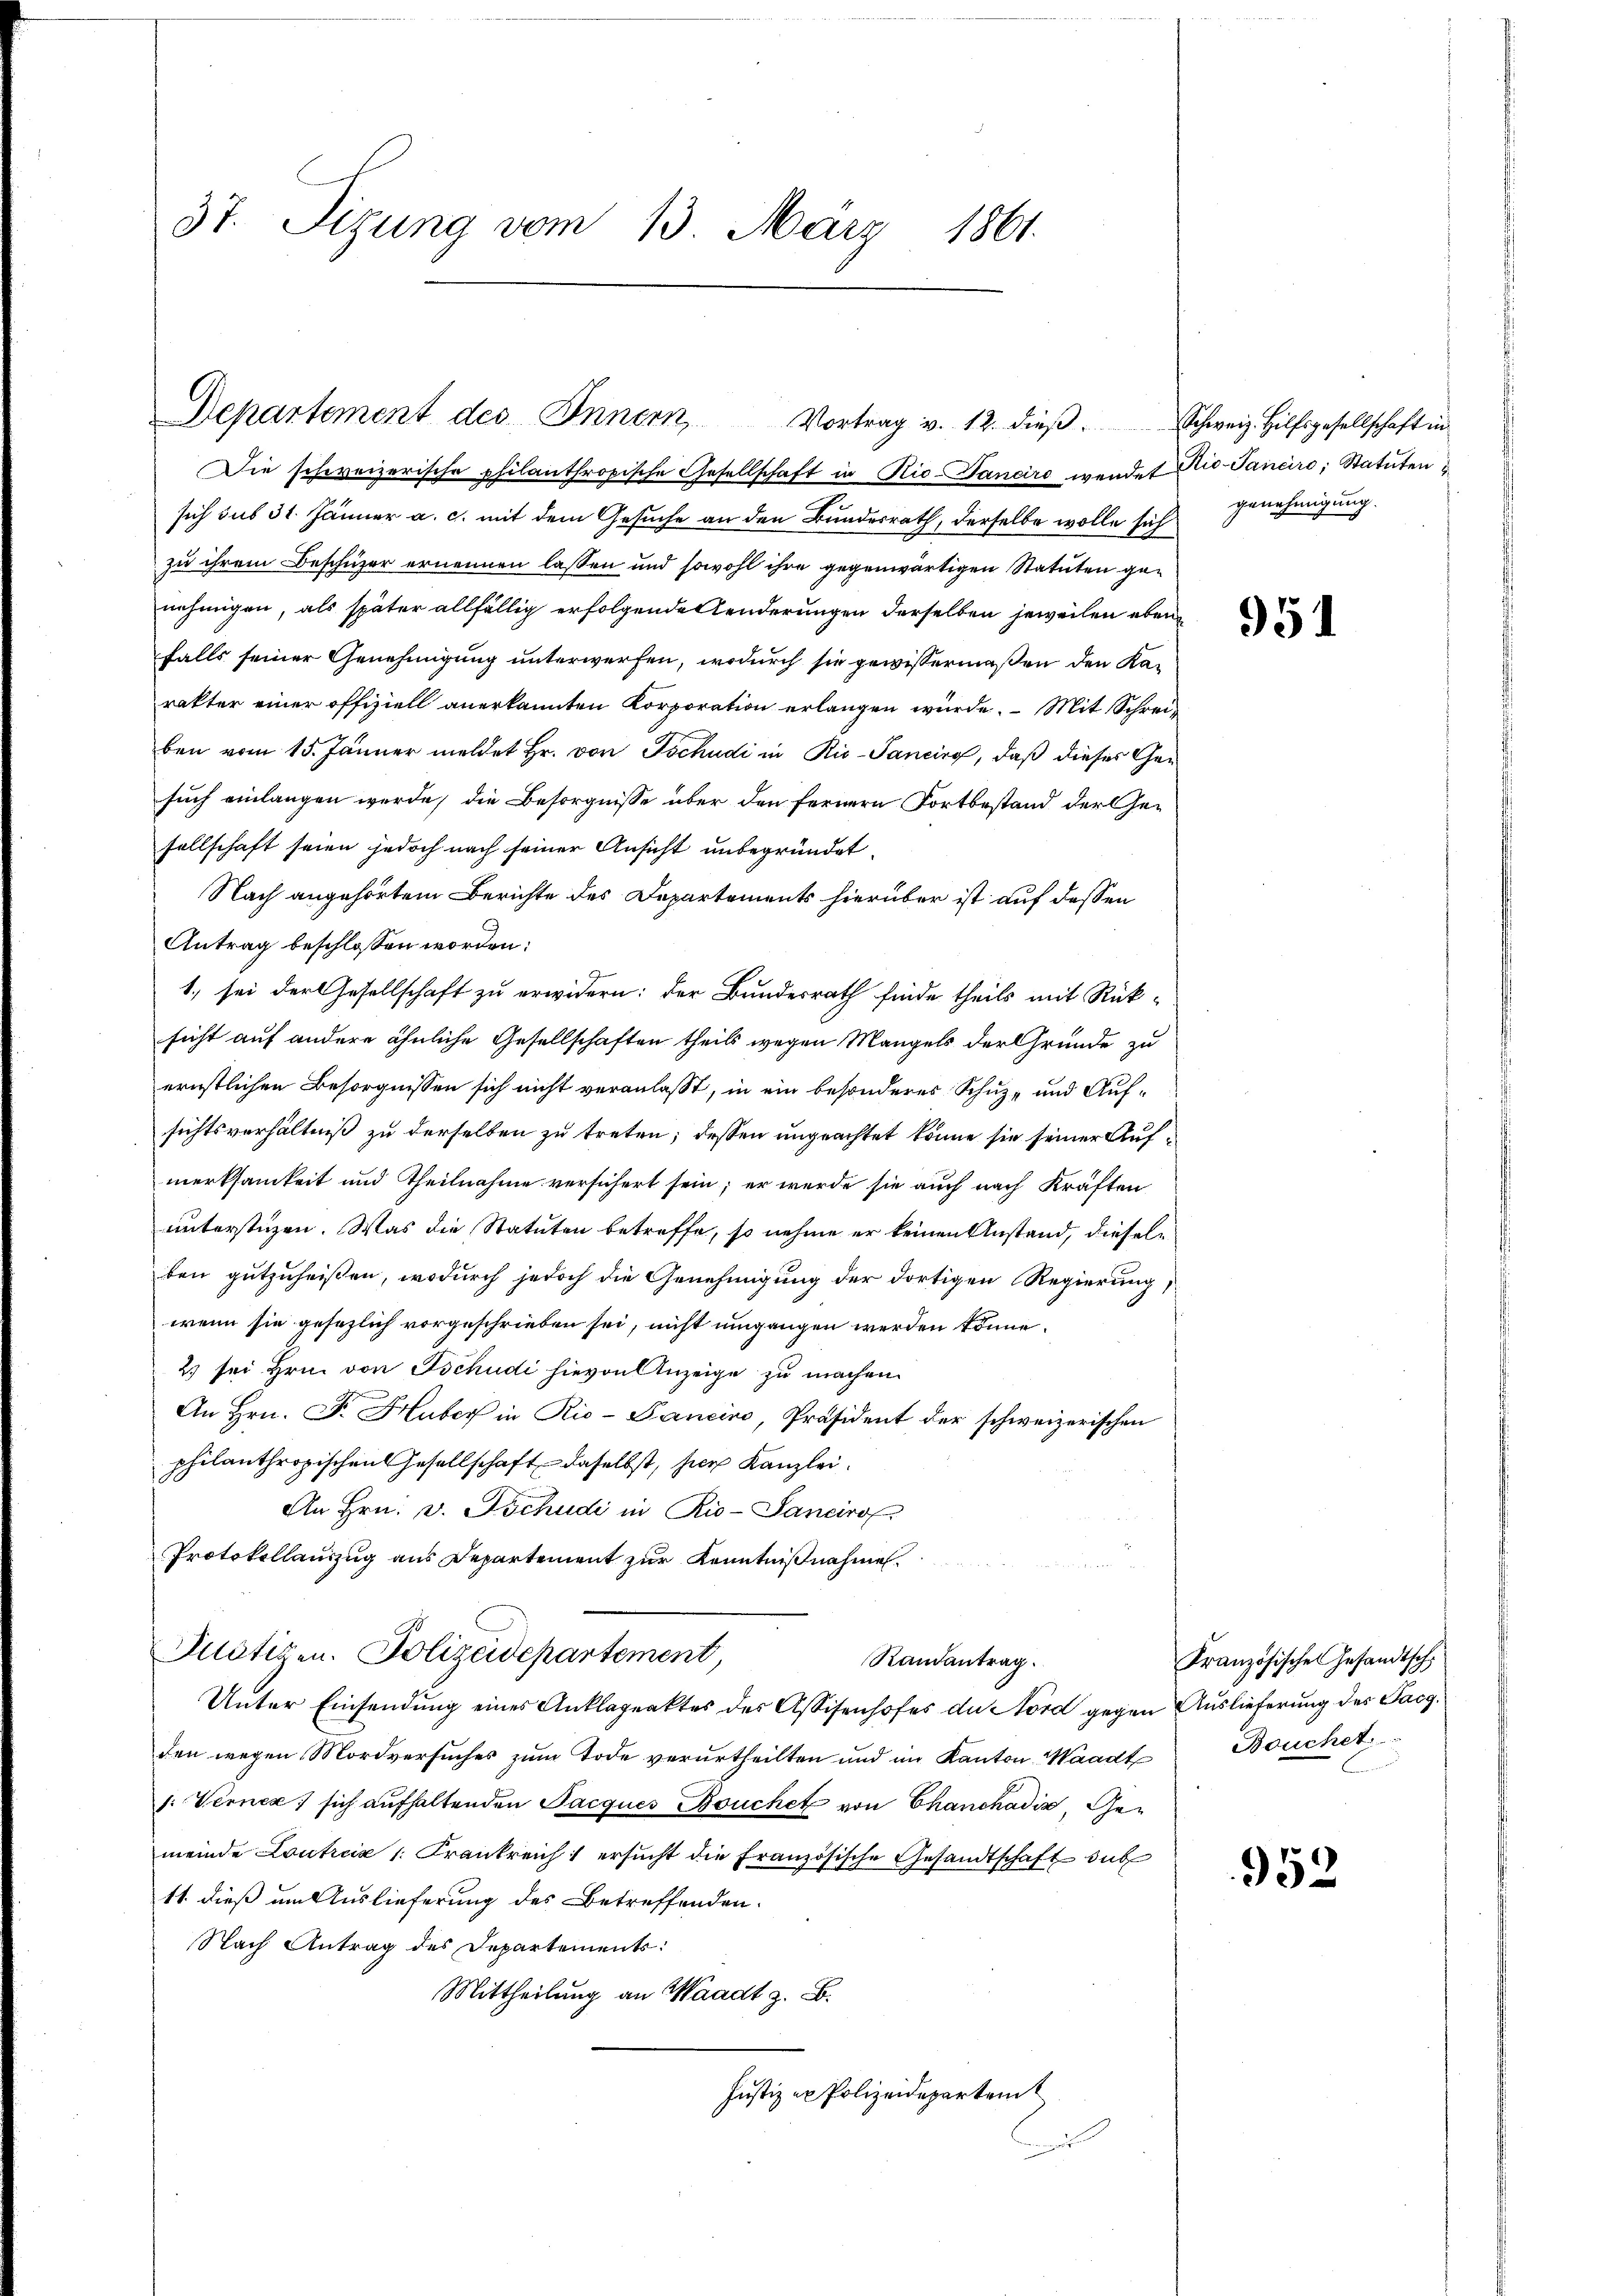
37. Sizung vom 13. März 1861.

Departement des Innern Vortrag v. 12. dieβ.
Die schweizerische philanthropische Gesellschaft in Rio-Daneiro wendet Nie-Pancire, Statuten

sich sub 31. Jänner a. c. mit dem Gesuche an den Bundesrath, derselbe wolle sich genehmigung.
zu ihrem Beschuzer ernennen lassen und sowohl ihre gegenwärtigen Statuten genehmigen, als später allfällig erfolgende Aenderungen derselben jeweilen ebenfalls seiner Genehmigung unterwerfen, wodurch sie gewissermaßen den Karakter einer offiziell anerkannten Korporation erlangen würde. – Mit Schreiben vom 15. Jänner meldet Hr. von Tschudi in Rie-Pancirg, daß dieses Gesuch einlangen werde, die Besorgnisse über den fernere Fortbestand der Gesellschaft seien jedoch nach seiner Ansicht unbegründet.
Nach angehörtem Berichte des Departements hierüber ist auf dessen
Antrag beschlossen worden:
1. sei der Gesellschaft zu erwidern: der Bundesrath finde theils mit Rücksicht auf andere ähnliche Gesellschaften theils wegen Mangels der Grunde zu
ernstlichen Besorgnissen sich nicht veranlasst, in ein besonderes Schuz- und Aufsichtsverhältniß zu derselben zu treten; dessen ungeachtet könne sie seiner Aufmerksamkeit und Theilnahme versichert sein; er wurde sie auch nach Kräften
unterstüzen. Was die Statuten betreffe, so nehme er keinen Anstand, dieselben gutzuheißen, wodurch jedoch die Genehmigung der dortigen Regierung,
wenn sie gesezlich vorgeschrieben sei, nicht umgangen werden könne.
2) sei Hrn. von Tschudi hievon Anzeige zu machen.
An Hrn. F. Huber in Rio-Pancivo, Präsident der schweizerischen
philanthropischen Gesellschaft daselbst, hier Kanzlei.
An Hrn. v. Tschudi in Rio-Sancirof
Protokollauszug aus Departement zur Kenntnißnahmen.
Pnötigen. Polizeidepartement,
Randantrag.
Unter Einsendung eines Anklageaktes des Assisenhofes de Nord gegen Auslieferung des Facgden wegen Mordversuches zum Tode verurtheilten und im Kanton Waadt
s: Verner sich aufhaltenden Jacques Bouchet von Chanckadis, Gemeinde Loutrcia /: Frankreich ersucht die Französische Gesandtschaft sub
11. dieß um Auslieferung des Betreffenden.
Nach Antrag des Departements:
Mittheilung an Waadt z. B.
Justiz ex Polizeidepartic

Schweiz. Hilfsgesellschaft in

951

Französisches Gesandtsch
Bouchet,

952